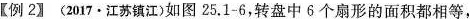
【例2】(2017·江苏镇江)如图25.1-6，转盘中6个扇形的面积都相等，